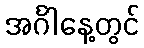
အင်္ဂါနေ့တွင်